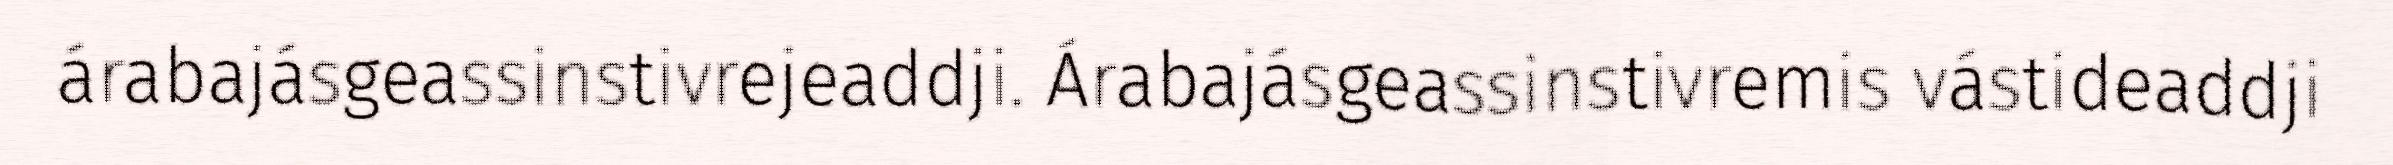
árabajásgeassinstivrejeaddji. Árabajásgeassinstivremis vástideaddji